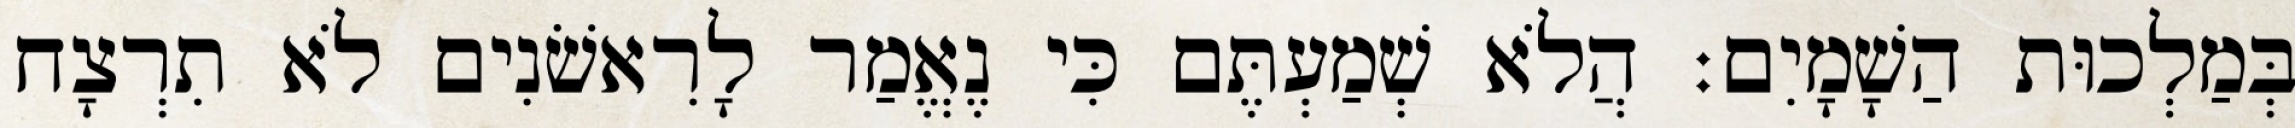
בְּמַלְכוּת הַשָׁמָיִם׃ הֲלֹא שְׁמַעְתֶּם כִּי נֶאֱמַר לָרִאשֹׁנִים לֹא תִרְצָח